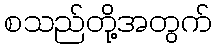
စသည်တို့အတွက်